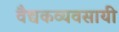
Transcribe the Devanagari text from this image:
वैद्यकव्यवसायी